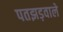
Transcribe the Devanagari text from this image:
पतझड़वाले